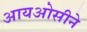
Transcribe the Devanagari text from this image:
आयओसीने